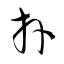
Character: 拜